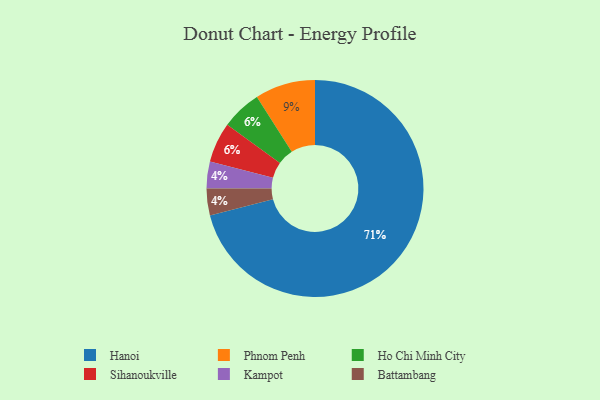
{"axis": {"x": "Category", "y": "Percentage"}, "legend": ["Battambang", "Hanoi", "Ho Chi Minh City", "Kampot", "Phnom Penh", "Sihanoukville"], "data": [{"x": "Hanoi", "y": 71, "type": "Hanoi"}, {"x": "Kampot", "y": 4, "type": "Kampot"}, {"x": "Ho Chi Minh City", "y": 6, "type": "Ho Chi Minh City"}, {"x": "Battambang", "y": 4, "type": "Battambang"}, {"x": "Phnom Penh", "y": 9, "type": "Phnom Penh"}, {"x": "Sihanoukville", "y": 6, "type": "Sihanoukville"}]}